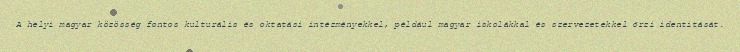
A helyi magyar közösség fontos kulturális és oktatási intézményekkel, például magyar iskolákkal és szervezetekkel őrzi identitását.